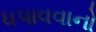
ધપાવવાનો